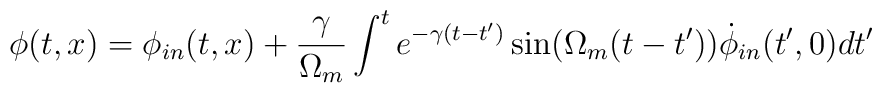
\phi(t,x)=\phi_{in}(t,x)+{\gamma\over \Omega_m} \int^t e^{-\gamma(t-t')}\sin(\Omega_m(t-t'))\dot\phi_{in}(t',0) dt'